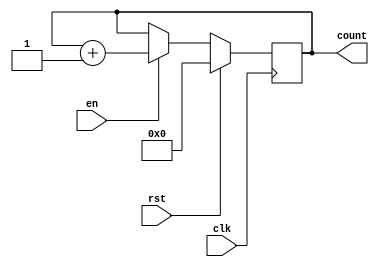
module MemoryBlocksIncrementalCounter (
    input wire clk,        // Clock signal
    input wire rst,        // Reset signal
    input wire en,         // Enable signal
    output reg [7:0] count // Current count value (8-bit for this example)
);

    // Predefined reset value
    localparam RESET_VALUE = 8'b00000000;

    // Count increment logic
    always @(posedge clk) begin
        if (rst) begin
            count <= RESET_VALUE; // Reset to predetermined value
        end else if (en) begin
            count <= count + 1;    // Increment the counter
        end
    end

endmodule